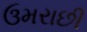
ઉમરાછી